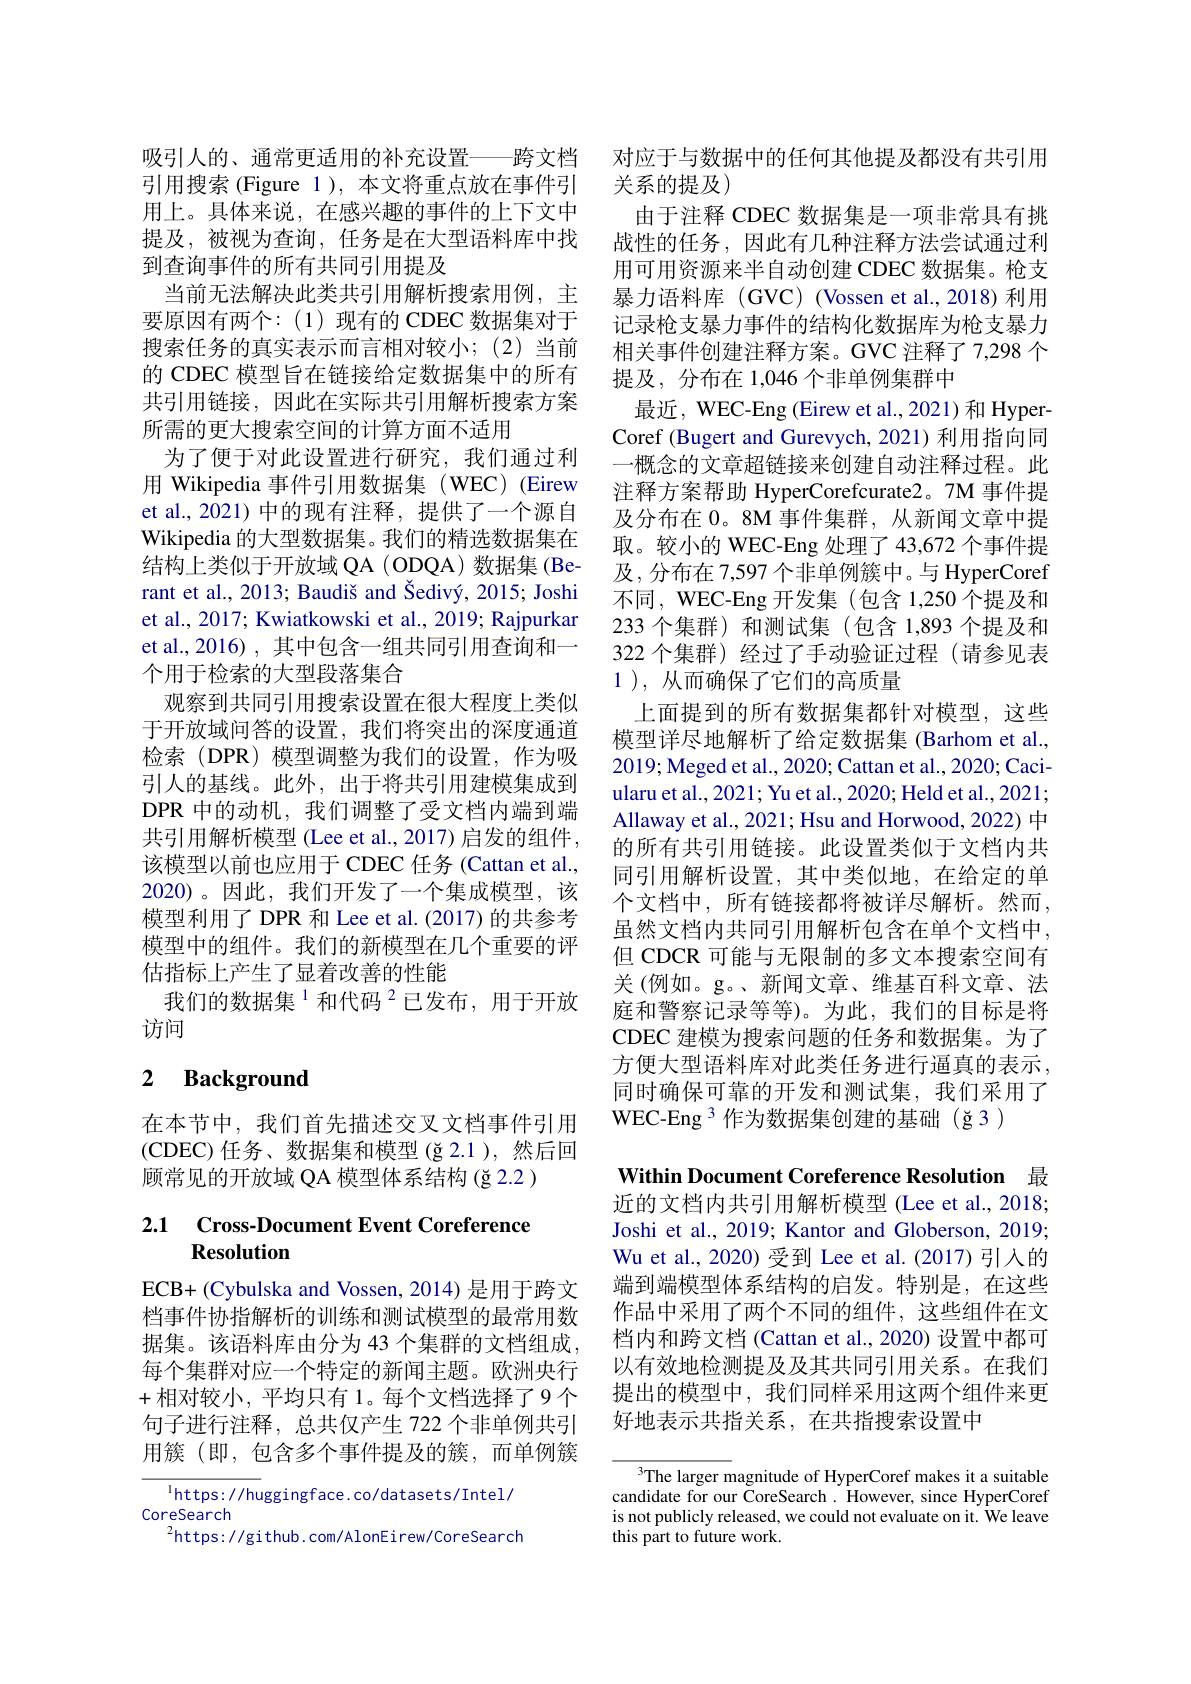
引用搜索(Figure 1),本文将重点放在事件引用上。具体来说，在感兴趣的事件的上下文中提及，被视为查询，任务是在大型语料库中找到查询事件的所有共同引用提及
当前无法解决此类共引用解析搜索用例，主要原因有两个：(1)现有的 CDEC 数据集对于搜索任务的真实表示而言相对较小；(2)当前的 CDEC 模型旨在链接给定数据集中的所有共引用链接，因此在实际共引用解析搜索方案所需的更大搜索空间的计算方面不适用
为了便于对此设置进行研究，我们通过利用 Wikipedia 事件引用数据集 (WEC) (Eirew et al.,2021)中的现有注释，提供了一个源自Wikipedia 的大型数据集。我们的精选数据集在结构上类似于开放域 QA ( ODQA) 数据集 (Berant et al., 2013; Baudiš and Šedivý, 2015; Joshi et al., 2017; Kwiatkowski et al., 2019; Rajpurkar et al.,2016),其中包含一组共同引用查询和一个用于检索的大型段落集合
观察到共同引用搜索设置在很大程度上类似于开放域问答的设置，我们将突出的深度通道检索(DPR)模型调整为我们的设置，作为吸引人的基线。此外，出于将共引用建模集成到DPR 中的动机，我们调整了受文档内端到端共引用解析模型 (Lee et al.,2017) 启发的组件， 该模型以前也应用于 CDEC 任务 (Cattan et al., 2020)。因此，我们开发了一个集成模型，该模型利用了 DPR 和 Lee et al. (2017) 的共参考模型中的组件。我们的新模型在几个重要的评估指标上产生了显着改善的性能
我们的数据集$^{1}$和代码$^{2}$已发布，用于开放
访问

# 2 Background

在本节中，我们首先描述交叉文档事件引用(CDEC)任务、数据集和模型(ğ 2.1 ),然后回顾常见的开放域 QA 模型体系结构 (ğ 2.2 )

## 2.1 Cross-Document Event Coreference Resolution

ECB+ (Cybulska and Vossen, 2014) 是用于跨文档事件协指解析的训练和测试模型的最常用数据集。该语料库由分为 43 个集群的文档组成， 每个集群对应一个特定的新闻主题。欧洲央行+相对较小，平均只有1。每个文档选择了9个句子进行注释，总共仅产生 722 个非单例共引用簇 (即，包含多个事件提及的簇，而单例簇

$^{1}$https://huggingface.co/datasets/Intel/
CoreSearch
$^{2}$https: //github.com/AlonEirew/CoreSearch

吸引人的、通常更适用的补充设置——跨文档 对应于与数据中的任何其他提及都没有共引用
关系的提及)
由于注释 CDEC 数据集是一项非常具有挑战性的任务，因此有几种注释方法尝试通过利用可用资源来半自动创建 CDEC 数据集。枪支暴力语料库(GVC)(Vossen et al., 2018) 利用记录枪支暴力事件的结构化数据库为枪支暴力相关事件创建注释方案。GVC 注释了 7,298 个提及，分布在 1,046 个非单例集群中
最近，WEC-Eng (Eirew et al., 2021) 和 HyperCoref (Bugert and Gurevych, 2021) 利用指向同一概念的文章超链接来创建自动注释过程。此注释方案帮助 HyperCorefcurate2。7M 事件提及分布在 0。8M 事件集群，从新闻文章中提取。较小的 WEC-Eng 处理了 43,672 个事件提及，分布在 7,597 个非单例簇中。与 HyperCoref 不同，WEC-Eng 开发集 (包含 1,250 个提及和233 个集群) 和测试集(包含 1,893 个提及和322 个集群) 经过了手动验证过程 (请参见表1 ), 从而确保了它们的高质量

上面提到的所有数据集都针对模型，这些模型详尽地解析了给定数据集 (Barhom et al., 2019; Meged et al., 2020; Cattan et al., 2020; Caciularu et al., 2021; Yu et al., 2020; Held et al., 2021; Allaway et al., 2021; Hsu and Horwood, 2022) 中的所有共引用链接。此设置类似于文档内共同引用解析设置，其中类似地，在给定的单个文档中，所有链接都将被详尽解析。然而， 虽然文档内共同引用解析包含在单个文档中， 但 CDCR 可能与无限制的多文本搜索空间有关 (例如。g。、新闻文章、维基百科文章、法庭和警察记录等等)。为此，我们的目标是将CDEC 建模为搜索问题的任务和数据集。为了方便大型语料库对此类任务进行逼真的表示， 同时确保可靠的开发和测试集，我们采用了WEC-Eng $^{3}$作为数据集创建的基础(ğ3)
Within Document Coreference Resolution 最近的文档内共引用解析模型(Lee et al., 20183 Joshi et al., 2019; Kantor and Globerson, 2019 Wu et al., 2020) 受到 Lee et al. (2017) 引入的端到端模型体系结构的启发。特别是，在这些作品中采用了两个不同的组件，这些组件在文档内和跨文档(Cattan et al., 2020) 设置中都可以有效地检测提及及其共同引用关系。在我们提出的模型中，我们同样采用这两个组件来更好地表示共指关系，在共指搜索设置中
The larger magnitude of HyperCoref makes it a suitable

candidate for our CoreSearch . However, since HyperCoref is not publicly released, we could not evaluate on it. We leave this part to future work.